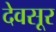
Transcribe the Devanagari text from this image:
देवसूर